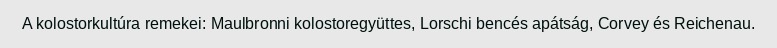
A kolostorkultúra remekei: Maulbronni kolostoregyüttes, Lorschi bencés apátság, Corvey és Reichenau.